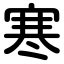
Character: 寒